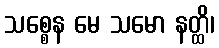
သစ္စေန မေ သမော နတ္ထိ၊